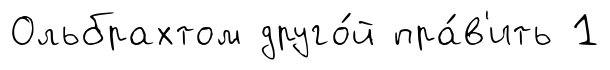
Ольбрахтом друго́й пра́в'ить 1